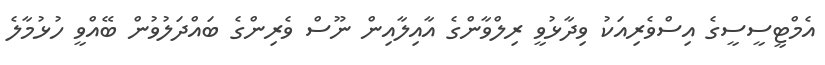
އެމްޓީސީސީގެ އިސްވެރިއަކު ވިދާޅުވީ ރިލްވާންގެ އާއިލާއިން ނޫސް ވެރިންގެ ބައްދަލުވުން ބޭއްވީ ހުޅުމާލެ